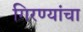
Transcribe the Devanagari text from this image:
गिरण्यांचा